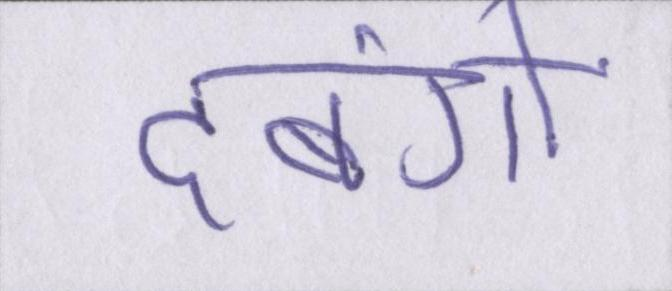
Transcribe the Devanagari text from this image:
दबंगों